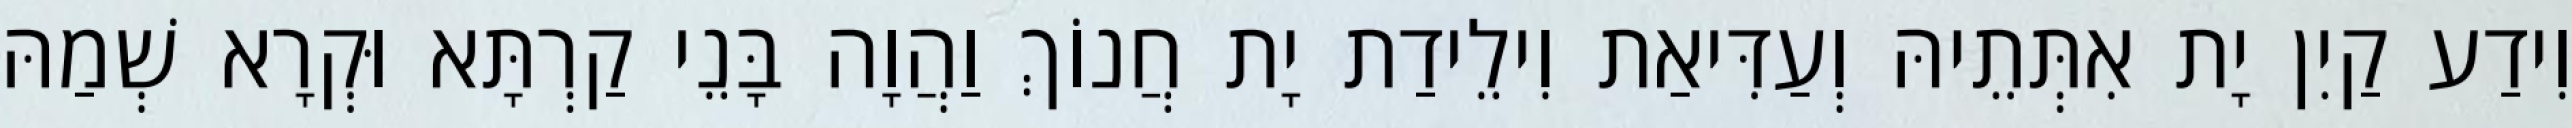
וִידַע קַיִן יָת אִתְּתֵיהּ וְעַדִּיאַת וִילֵידַת יָת חֲנוֹךְ וַהֲוָה בָּנֵי קַרְתָּא וּקְרָא שְׁמַהּ